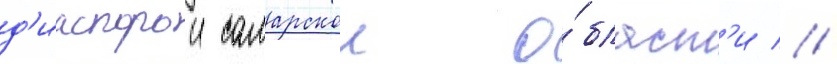
д'иаспорои самарскои о́бласт'и //